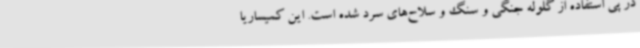
در پی استفاده از گلوله جنگی و سنگ و سلاح‌های سرد شده است. این کمیساریا